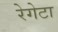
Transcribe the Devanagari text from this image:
रेगेटा